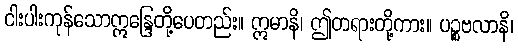
ငါးပါးကုန်သောဣန္ဒြေတို့ပေတည်း။ ဣမာနိ၊ ဤတရားတို့ကား။ ပဉ္စဗလာနိ၊